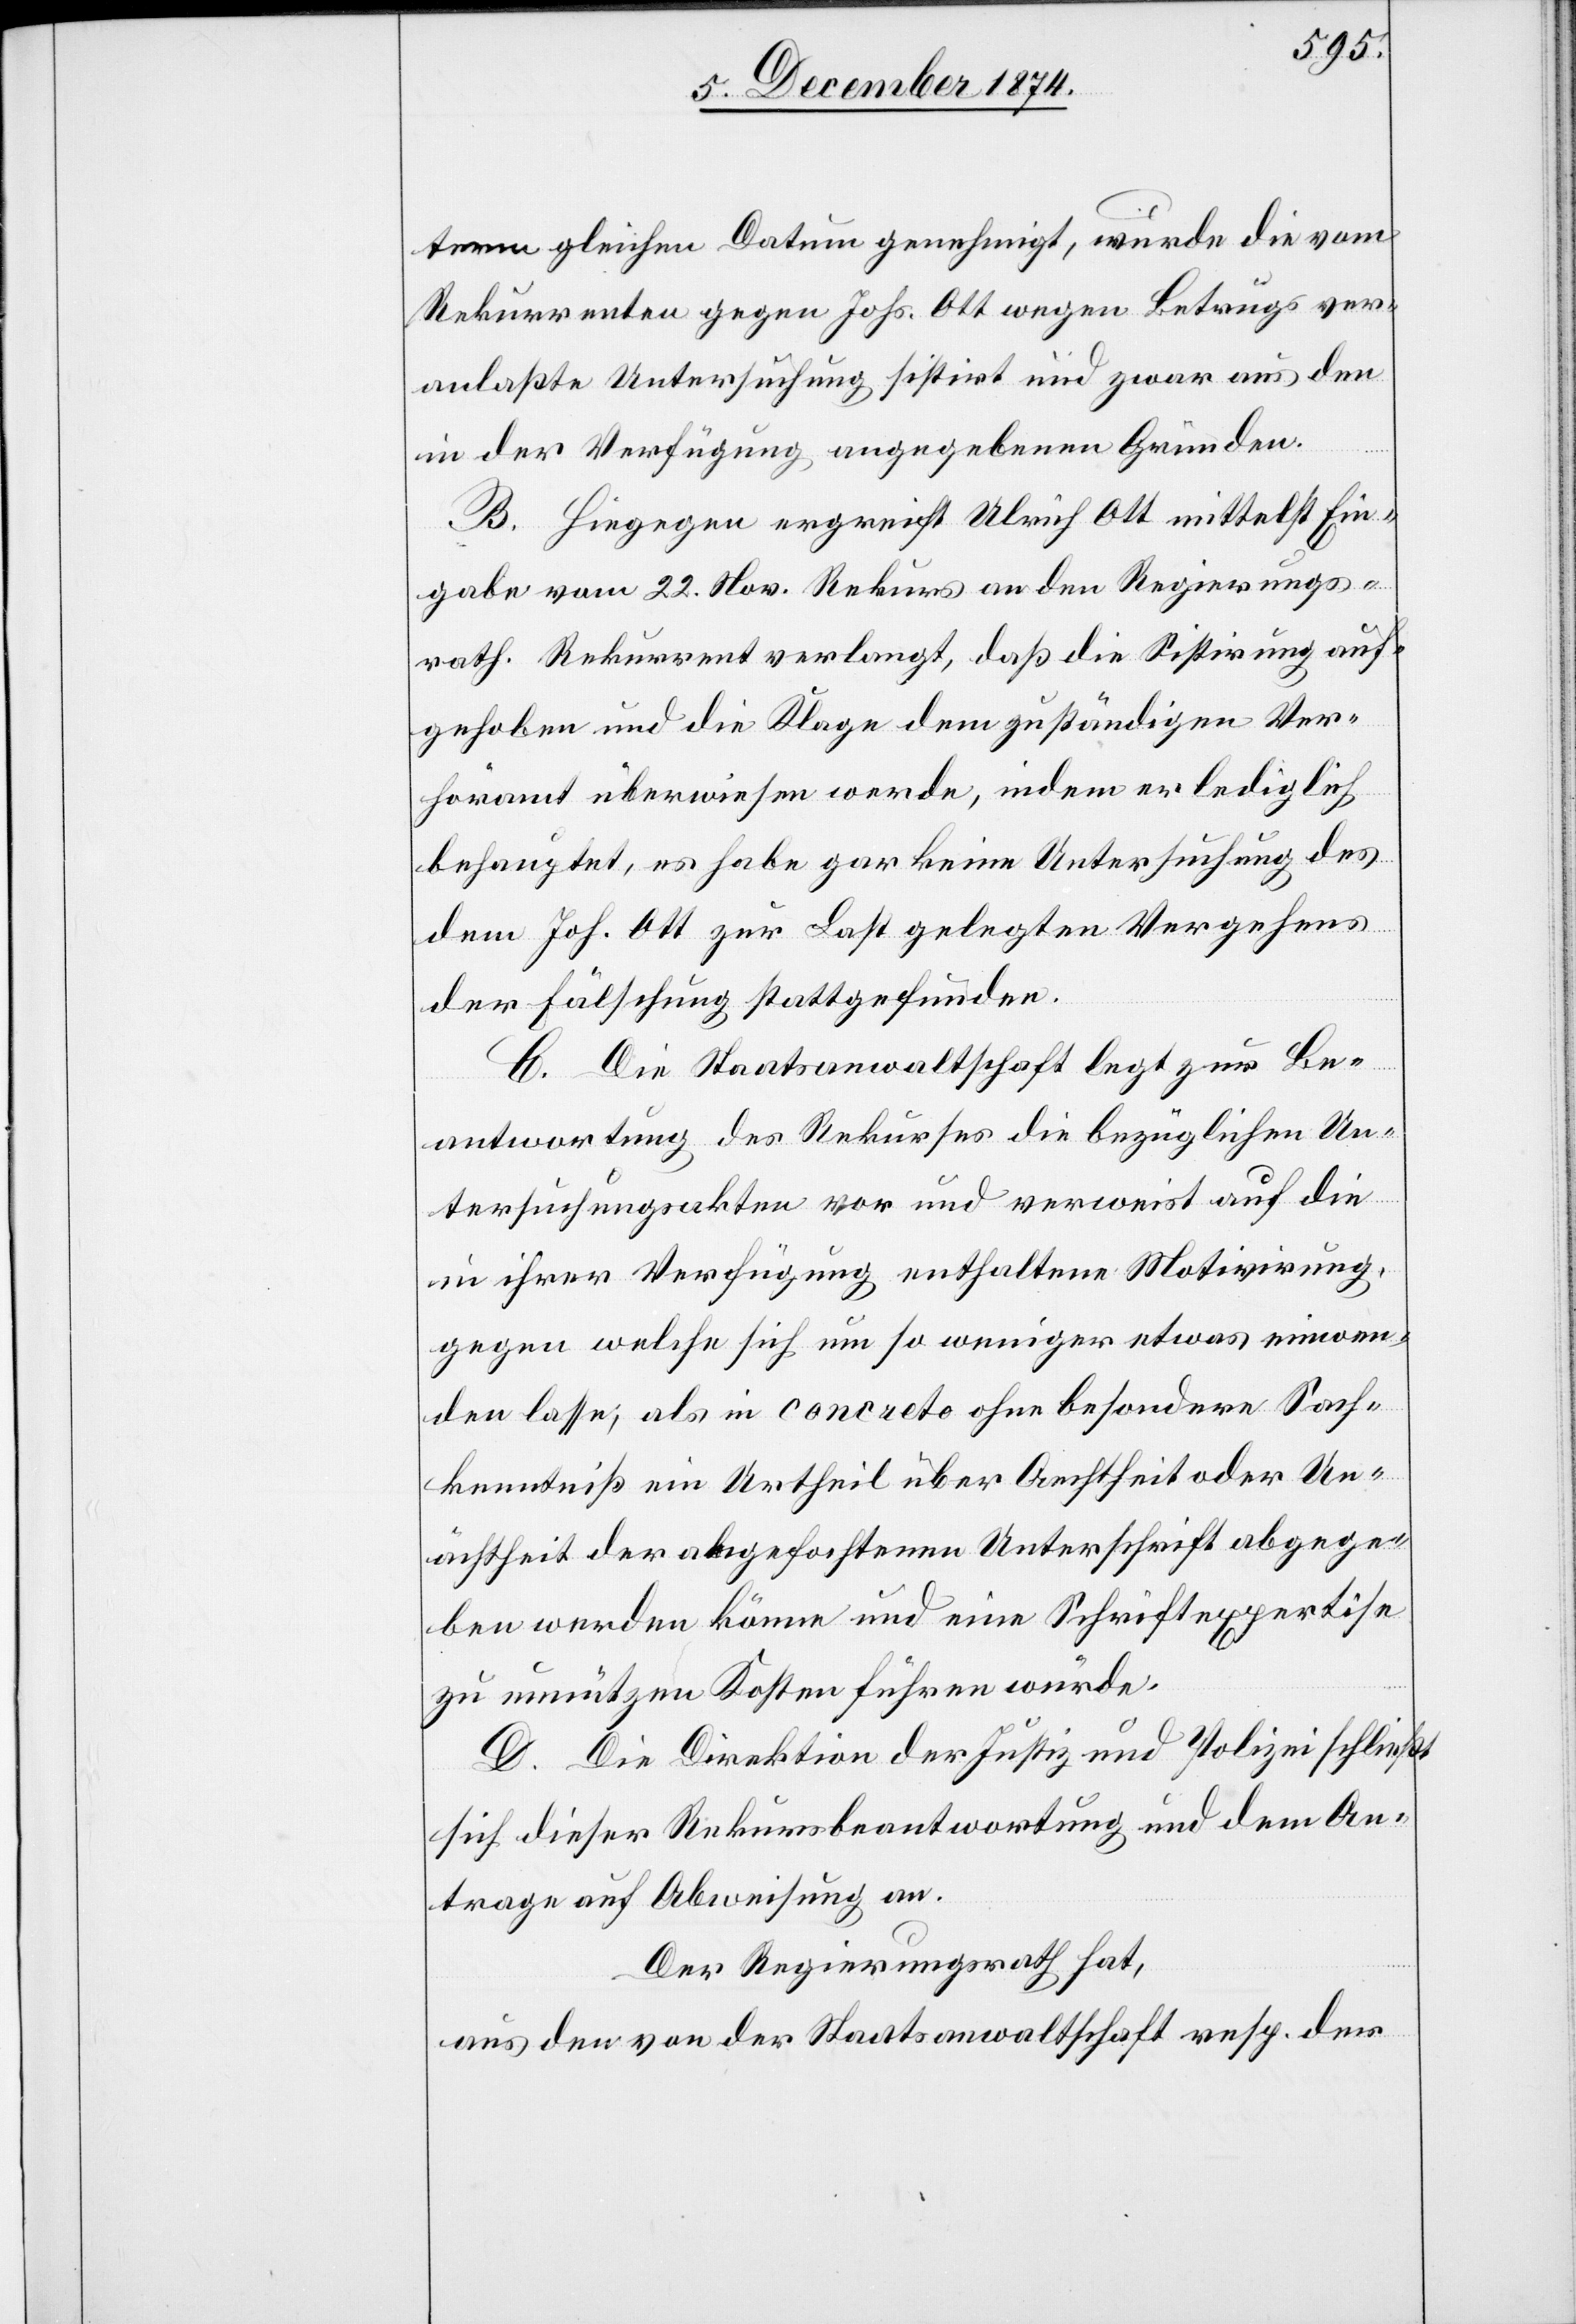
term gleichen Datum genehmigt, wurde die vom
Rekurrenten gegen Johs. Ott wegen Betrugs ver¬
anlaßte Untersuchung sistirt und zwar aus den
in der Verfügung angegebenen Gründen.
B. Hiegegen ergreift Ulrich Ott mittelst Ein¬
gabe vom 22. Nov Rekurs an den Regierungs¬
rath. Rekurrent verlangt, daß die Sistirung auf¬
gehoben und die Klage dem zuständigen Ver¬
höramt überwiesen werde, indem er lediglich
behauptet, es habe gar keine Untersuchung des
dem Joh. Ott zur Last gelegten Vergehens
der Fälschung stattgefunden.
C. Die Staatsanwaltschaft legt zur Be¬
antwortung des Rekurses die bezüglichen Un¬
tersuchungsakten vor und verweist auf die
in ihrer Verfügung enthaltene Motivirung,
gegen welche sich um so weniger etwas einwen¬
den lasse, als in concreto ohne besondere Sach¬
kenntniß ein Urtheil über Aechtheit oder Un¬
ächtheit der angefochtenen Unterschrift abgege¬
ben werden könne und eine Schriftexpertise
zu unnützen Kosten führen würde.
D. Die Direktion der Justiz und Polizei schließt
sich dieser Rekursbeantwortung und dem An¬
trage auf Abweisung an.
Der Regierungsrath hat,
aus den von der Staatsanwaltschaft resp. der